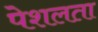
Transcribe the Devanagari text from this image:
पेशलता